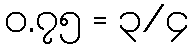
၀.၇၅ = ၃/၄